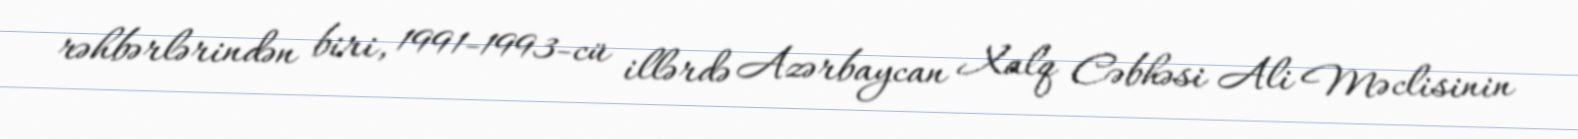
rəhbərlərindən biri, 1991-1993-cü illərdə Azərbaycan Xalq Cəbhəsi Ali Məclisinin